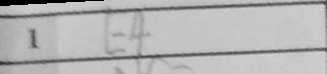
Transcription: Nf3